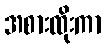
အစားထိုးကာ